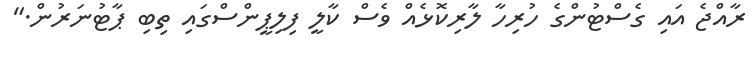
ރާއްޖެ އައި ގެސްޓުންގެ ހުރިހާ ލާރިކޮޅެއް ވެސް ކާލީ ފިލިޕީންސްގައި ތިބި ޕާޓުނަރުން."